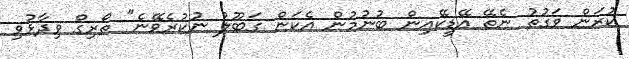
ކުރަން ވަގުތު ނެތޭ އޭޑީކޭއިން ބުނުމުން އެކަން ގަބޫލު ނުކުރެވޭނެ" ތޯރިގް ވިދާޅުވި